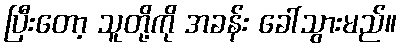
ပြီးတော့ သူတို့ကို အခန်း ခေါ်သွားမည်။